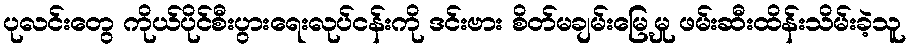
ပုလင်းတွေ ကိုယ်ပိုင်စီးပွားရေးလုပ်ငန်းကို ဒင်းဗား စိတ်မချမ်းမြေ့မှု ဖမ်းဆီးထိန်းသိမ်းခဲ့သူ